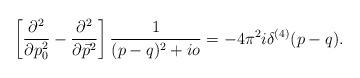
LaTeX: \begin{align*}\left[\frac{\partial^2}{\partial p_0^2}-\frac{\partial^2}{\partial\vec p^2} \right]\frac{1}{(p-q)^2+io} = -4\pi^2i\delta^{(4)}(p-q). \end{align*}